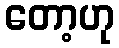
တော့ဟု